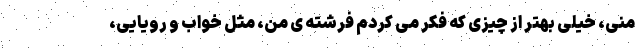
منی، خیلی بهتر از چیزی که فکر می کردم فرشته ی من، مثل خواب و رویایی،